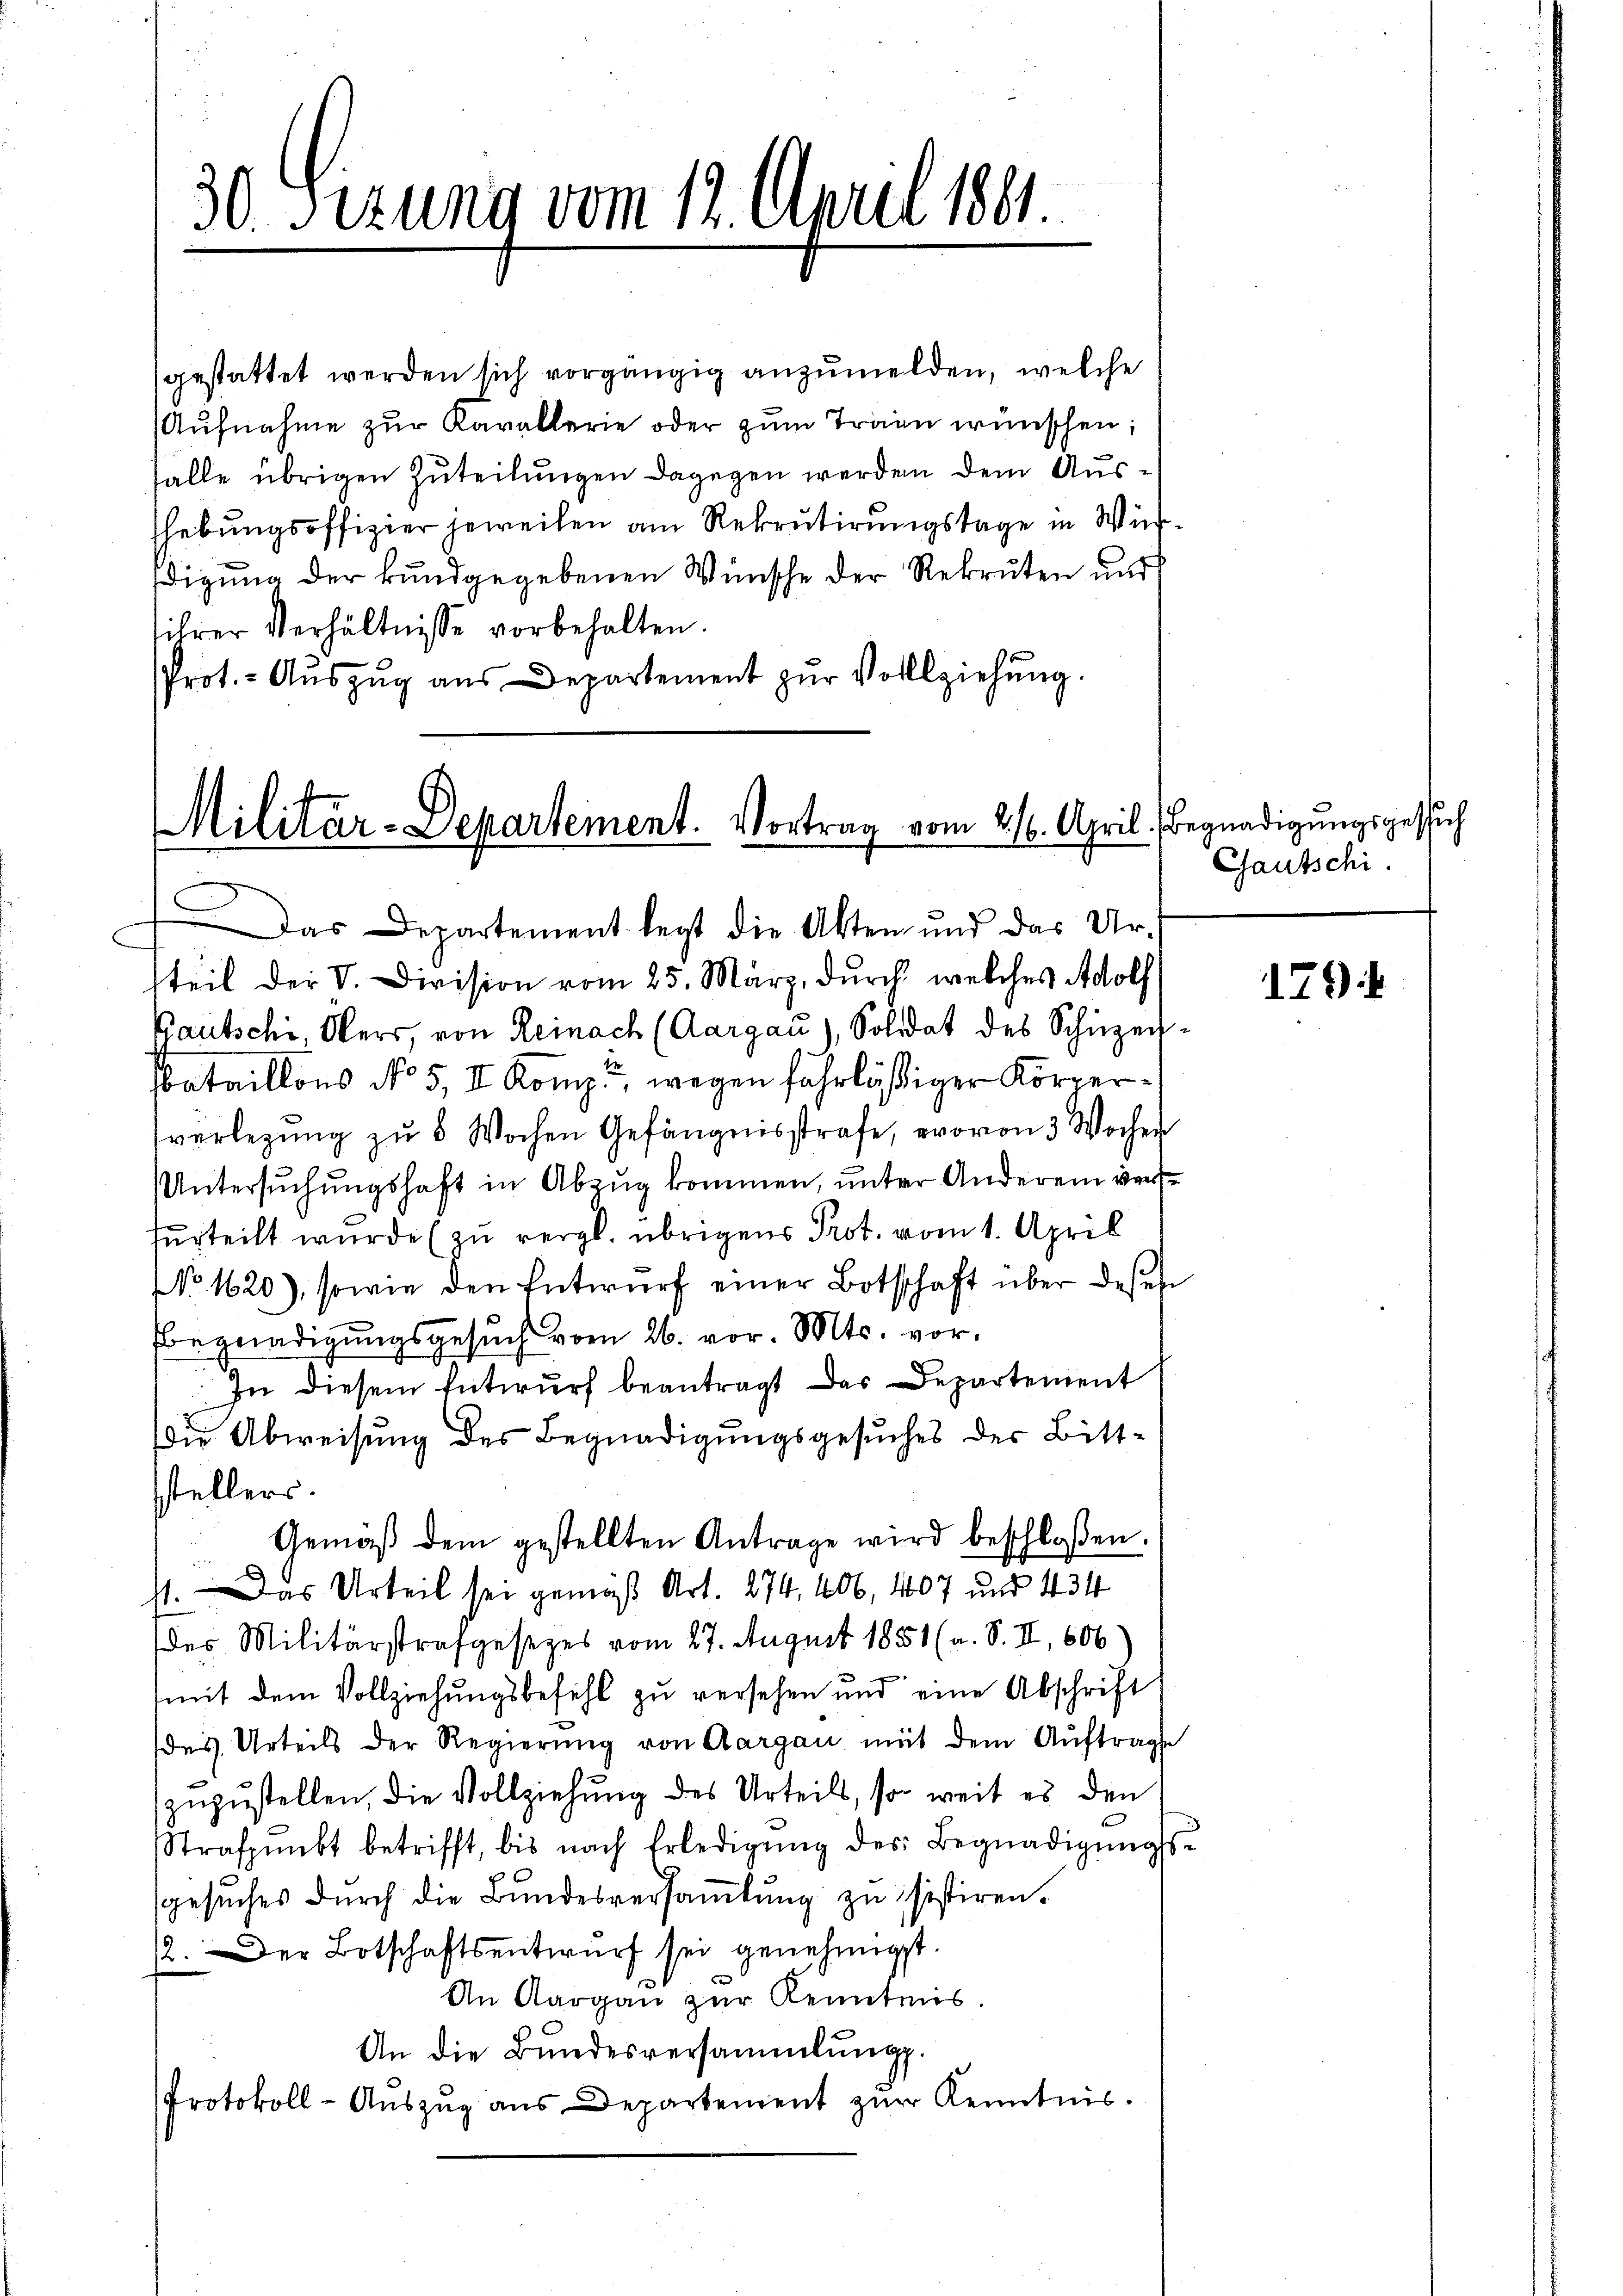
30 Sizung vom 12. April 1891.

gestattet werden sich vorgängig anzumelden, welche
Aŭfnahme zŭr Kavallerie oder zŭm Train wünschen;
falle übrigen Zuteilungen dagegen werden dem Ausshebungsoffizier jeweilen am Rekrutirungstage in Wisdigung der kundgegebenen Wünsche der Rekruten und
ihrer Verhältnisse vorbehalten.
Prot.- Aŭszŭg aŭs Departement zŭr Vollziehŭng.

Militär-Departement. Vortrag vom 216. April.
Das Departement legt die Akten und das Ur-

steil der V. Division vom 25. März, durch welches Adolf
Kautschi Obers, von Reinach (Aargau), Soldat des Schüzer¬
Bataillons No 5, V. Komp., wegen fahrläßiger Körperverlegŭng zŭ 5 Wochen Gefängnisstrafe, wovon 3 Wochen
Untersuchungshaft in Abzug kommen, unter Anderem versfurteilt wurde (zu vergl. übrigens Prot. vom 1. April
NNo. 1620), sowie den Entwurf einer Botschaft über dessen
Bbegnadigungsgesŭch vom 26. vor. Mts. vor¬
In diesem Entwurf beantragt das Departement
die Abweisung des Begnadigungsgesuches der Bittstellers.
Gemäβ dem gestellten Antrage wird beschloßen
st. Das Urteil sei gemäß Art. 274, 406, 4607 und 434
des Militärstrafgesetzes vom 27. August 1851 (a. S. II, 606
(mit dem Vollziehungsbefehl zu versehen und eine Abschrift
des Urteils der Regierung von Aargau mit dem Auftrage
zuzustellen, die Vollziehung des Urteils, so weit es den
Strafpunkt betrifft, bis nach Erledigŭng des Begnadigŭngs-
gesuches durch die Bundesversammlung zu sistiren.
12. Der Botschaftsentwurf sei genehmigt.
An Aargau zur Kenntnis.
An die Bundesversammlung.
Protokoll- Auszug aus Departement zur Kenntnis.

Begnadigungsgesuch
Gautschi

179)